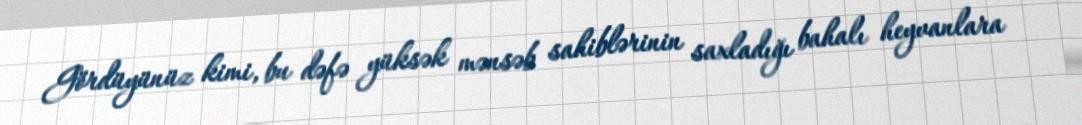
Gördüyünüz kimi, bu dəfə yüksək mənsəb sahiblərinin saxladığı bahalı heyvanlara